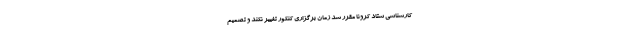
کارشناسی ستاد کرونا مقرر شد زمان برگزاری کنکور تغییر نکند و تصمیم